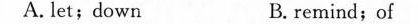
A.let;down B.remind; of